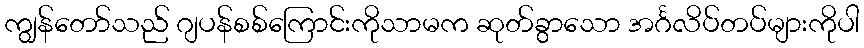
ကျွန်တော်သည် ဂျပန်စစ်ကြောင်းကိုသာမက ဆုတ်ခွာသော အင်္ဂလိပ်တပ်များကိုပါ